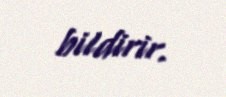
bildirir.